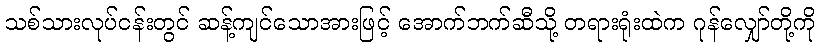
သစ်သားလုပ်ငန်းတွင် ဆန့်ကျင်သောအားဖြင့် အောက်ဘက်ဆီသို့ တရားရုံးထဲက ဂုန်လျှော်တို့ကို